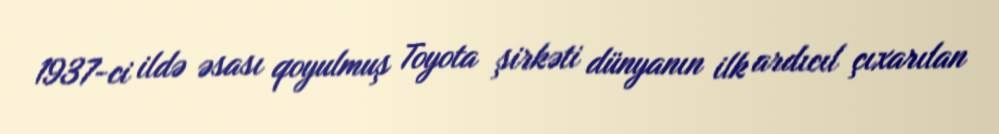
1937-ci ildə əsası qoyulmuş Toyota şirkəti dünyanın ilk ardıcıl çıxarılan